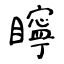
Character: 矃